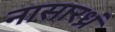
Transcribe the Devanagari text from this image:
नासारध्रं